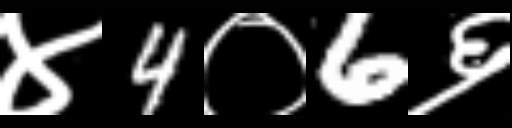
Text: ४4०6६